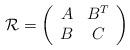
LaTeX: \begin{align*}\mathcal{R}=\left(\begin{array}{cc}A & B^T \\B & C\end{array}\right)\end{align*}